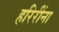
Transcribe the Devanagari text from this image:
हरिरींना